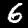
Digit: 6